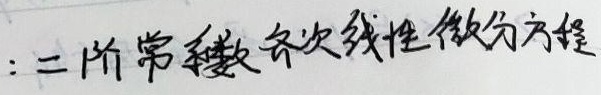
:二阶常系数齐次线性微分方程